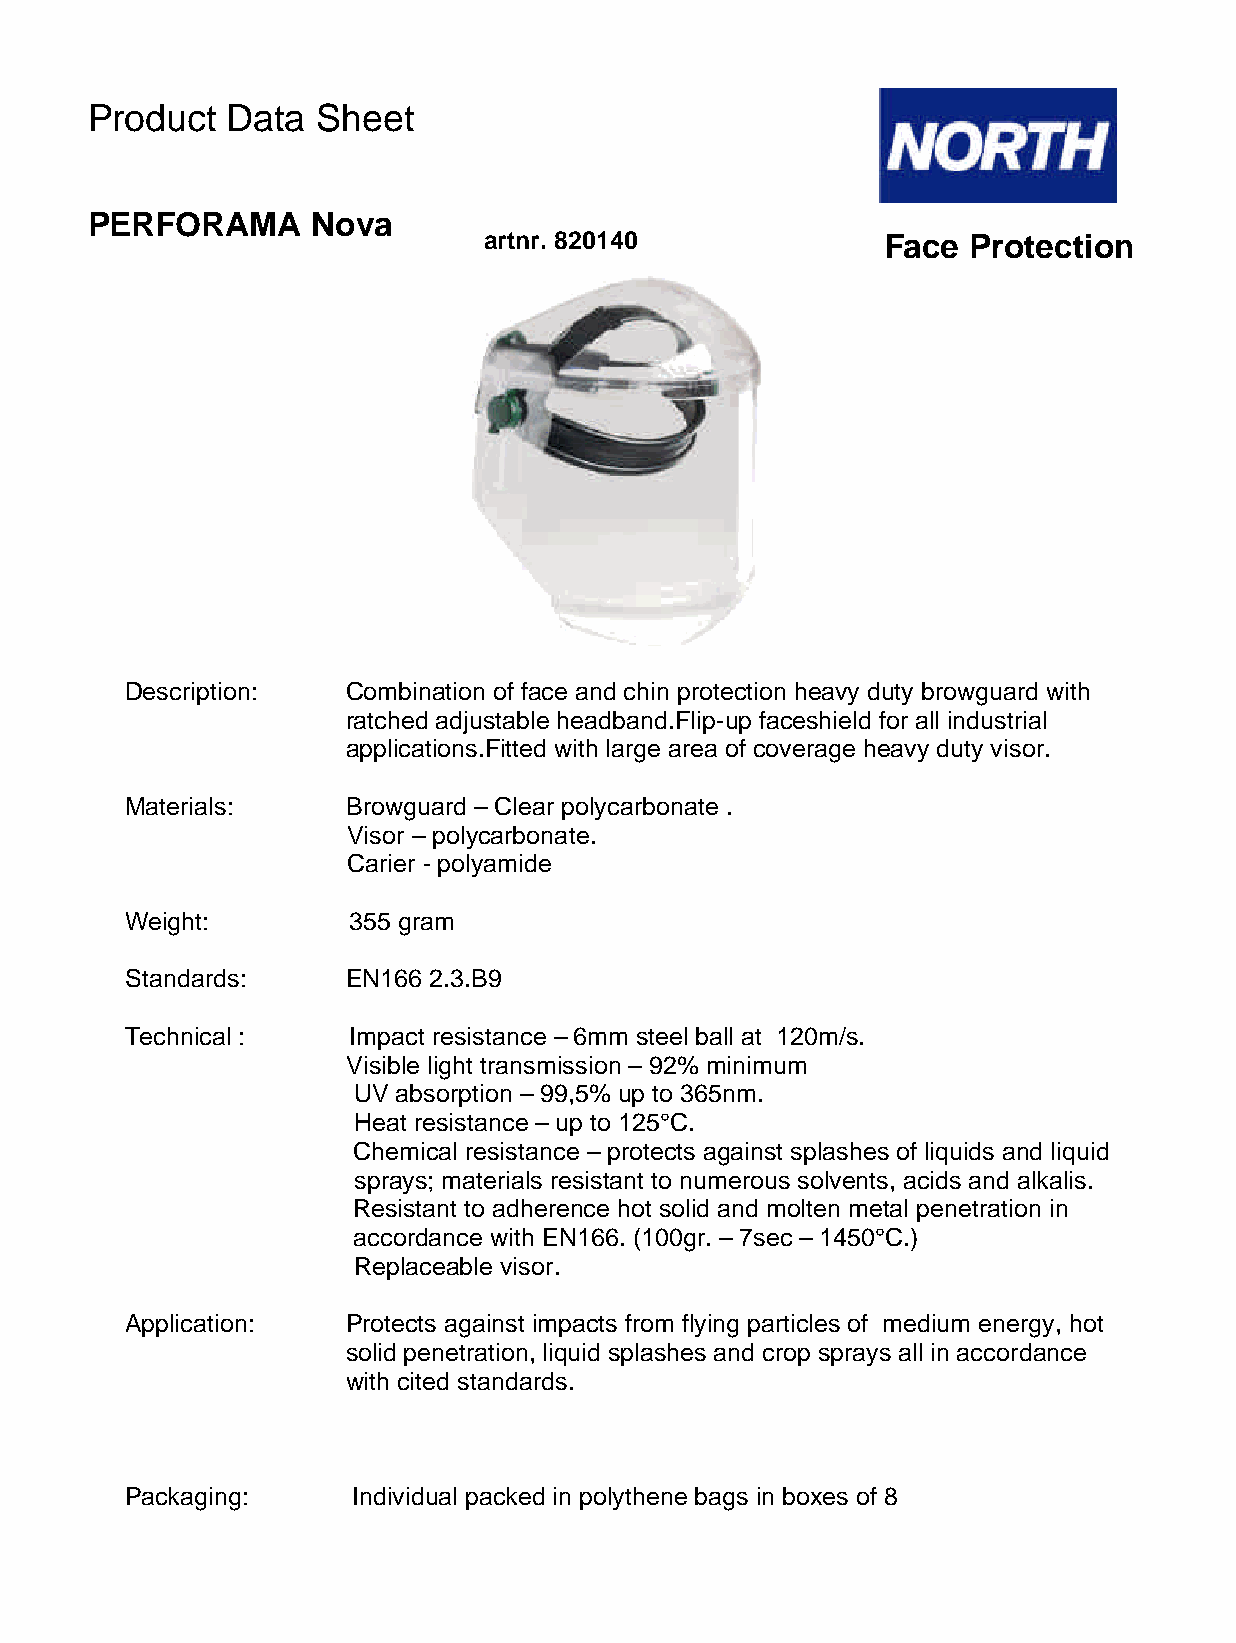
Product  Data  Sheet
 PERFORAMA      Nova
 artnr. 820140             Face  Protection
 De scription:  Combination of face and chin protection heavy duty browguard with
 ratched adjustable headband.Flip-up faceshield for all industrial
 applications.Fitted with large area of coverage heavy duty visor.
 Ma terials:    Browguard – Clear polycarbonate .
 Visor – polycarbonate.
 Carier - polyamide
 W eight:       355 gram
 St andards:    EN166 2.3.B9
 Te chnical :   Impact resistance – 6mm steel ball at 120m/s.
 Visible light transmission – 92% minimum
 UV absorption – 99,5% up to 365nm.
 Heat resistance – up to 125°C.
 Chemical resistance – protects against splashes of liquids and liquid
 sprays; materials resistant to numerous solvents, acids and alkalis.
 Resistant to adherence hot solid and molten metal penetration in
 accordance with EN166. (100gr. – 7sec – 1450°C.)
 Replaceable visor.
 Application:   Protects against impacts from flying particles of medium energy, hot
 solid penetration, liquid splashes and crop sprays all in accordance
 with cited standards.
 Packaging:     Individual packed in polythene bags in boxes of 8
 North Safety Products Europe bv, po box 5016, 4330 KA, Middelburg – Holland 29-04-2003